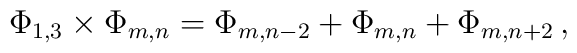
\Phi_{1,3} \times  \Phi_{m,n} = \Phi_{m,n-2}+\Phi_{m,n}+\Phi_{m,n+2}\, ,